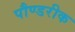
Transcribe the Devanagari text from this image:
पौण्डरीक